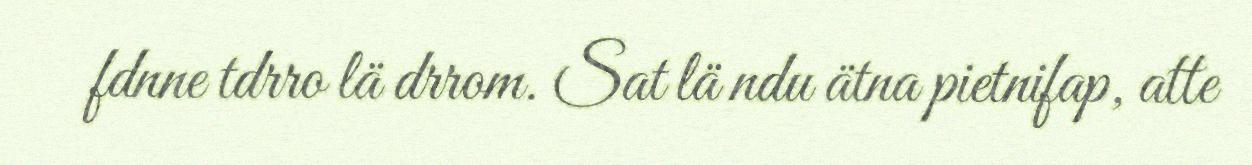
fdnne tdrro lä drrom. Sat lä ndu ätna pietnifap, atte